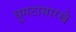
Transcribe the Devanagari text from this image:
घुमटासारखे